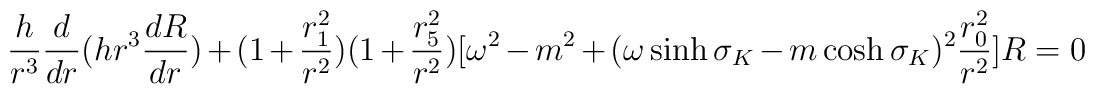
\frac{h}{r^3} \frac{d}{dr} (h r^{3} \frac{dR}{dr}) + (1 + \frac{r_{1}^{2}}{r^2})(1 + \frac{r_{5}^{2}}{r^2}) [\omega^2 - m^{2} + (\omega \sinh \sigma_{K} - m \cosh \sigma_{K})^{2}\frac{r_{0}^{2}}{r^2}] R = 0